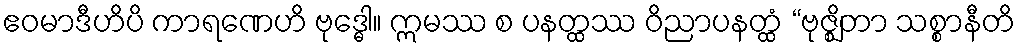
ဧဝမာဒီဟိပိ ကာရဏေဟိ ဗုဒ္ဓေါ။ ဣမဿ စ ပနတ္ထဿ ဝိညာပနတ္ထံ “ဗုဇ္ဈိတာ သစ္စာနီတိ